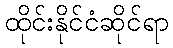
ထိုင်းနိုင်ငံဆိုင်ရာ